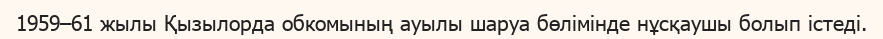
1959–61 жылы Қызылорда обкомының ауылы шаруа бөлімінде нұсқаушы болып істеді.